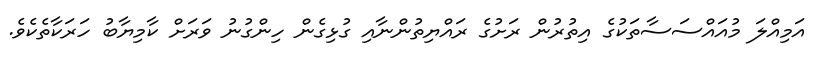
އަމިއްލަ މުއައްސަސާތަކުގެ އިތުރުން ރަަށުގެ ރައްޔިތުންނާއި ގުޅިގެން ހިންގުނު ވަރަށް ކާމިޔާބު ހަރަކާތެކެވެ.